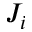
J _ { i }